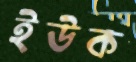
ইউক